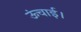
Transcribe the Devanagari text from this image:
ऊंचाई।